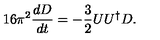
1 6 \pi ^ { 2 } \frac { d D } { d t } = - \frac { 3 } { 2 } U U ^ { \dagger } D .